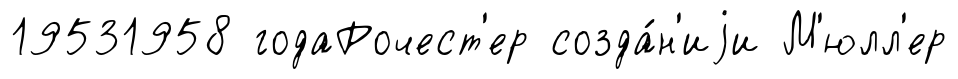
19531958 годаРочест'ер созда́н'иjи М'юлл'ер